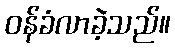
ဝန်ခံလာခဲ့သည်။